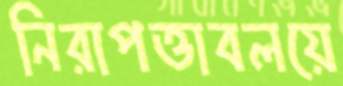
নিরাপত্তাবলয়ে